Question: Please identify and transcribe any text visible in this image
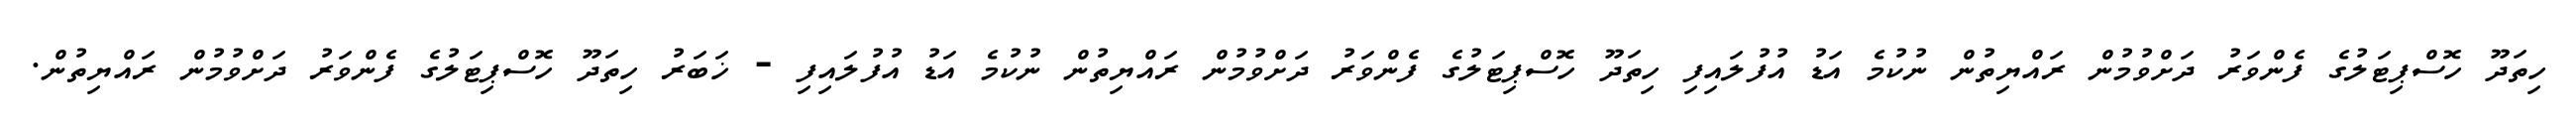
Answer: ހިތަދޫ ހޮސްޕިޓަލުގެ ފެންވަރު ދަށްވުމުން ރައްޔިތުން ނުކުމެ އަޑު އުފުލައިފި ހިތަދޫ ހޮސްޕިޓަލުގެ ފެންވަރު ދަށްވުމުން ރައްޔިތުން ނުކުމެ އަޑު އުފުލައިފި - ޚަބަރު ހިތަދޫ ހޮސްޕިޓަލުގެ ފެންވަރު ދަށްވުމުން ރައްޔިތުން.